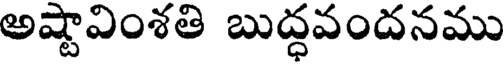
అష్టావింశతి బుద్ధవందనము